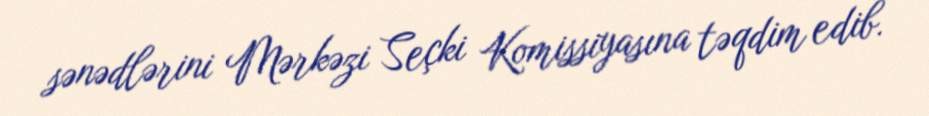
sənədlərini Mərkəzi Seçki Komissiyasına təqdim edib.